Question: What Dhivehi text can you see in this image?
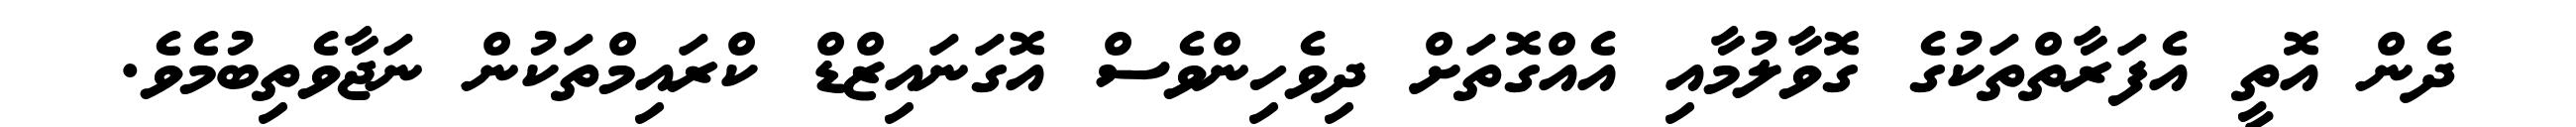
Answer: ދެން އޮތީ އެފަރާތްތަކުގެ ގޮވާލުމާއި އެއްގޮތަށް ދިވެހިންވެސް އޮގަނައިޒްޑް ކްރައިމްތަކުން ނަޖާވެތިބުމެވެ.